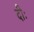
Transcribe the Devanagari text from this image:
दीः